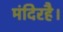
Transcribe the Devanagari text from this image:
मंदिरहै।